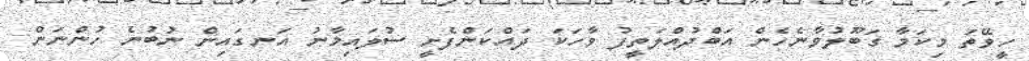
ހީވޭތަ މިކަމާ ގަބޫލުވާނެހެން އަބްދުއްލަތީފު ވާހަކަ ދައްކަންފެށީ ސުލައިމާނު އަނގައިން ނުބުނެ ހުންނަން